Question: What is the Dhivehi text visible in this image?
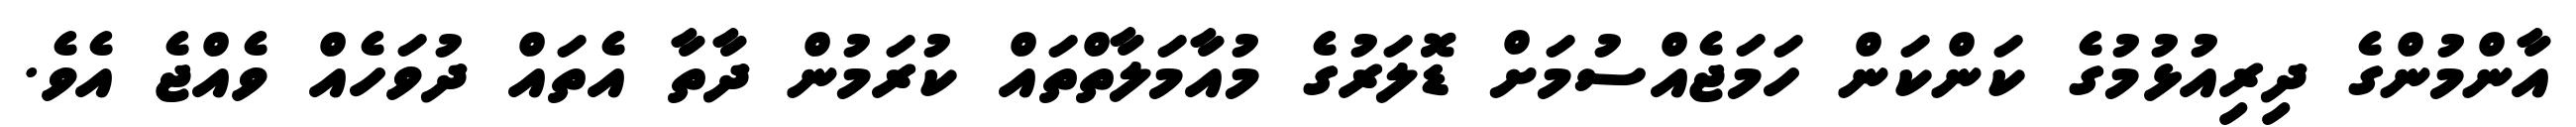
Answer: އާންމުންގެ ދިރިއުޅުމުގެ ކަންކަން ހަމަޖެއްސުމަށް ޑޮލަރުގެ މުއާމަލާތްތައް ކުރަމުން ދާތާ އެތައް ދުވަހެއް ވެއްޖެ އެވެ.